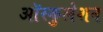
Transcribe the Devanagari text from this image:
ऑस्कुलेशन